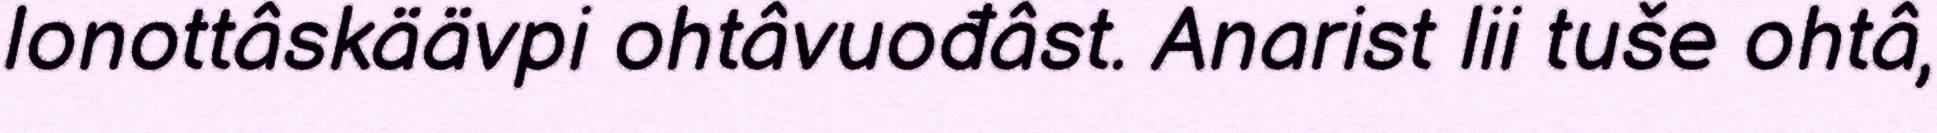
lonottâskäävpi ohtâvuođâst. Anarist lii tuše ohtâ,